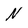
Character: N